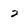
Character: 2